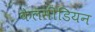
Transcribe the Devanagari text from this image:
केलसीडियन